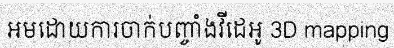
អមដោយការចាក់បញ្ចាំងវីដេអូ 3D mapping